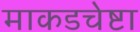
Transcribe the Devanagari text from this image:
माकडचेष्टा